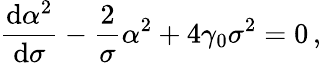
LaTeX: \frac{{\mathrm{d}}\alpha^{2}}{{\mathrm{d}}\sigma}-\frac{2}{\sigma}\alpha^{2}+4\gamma_{0}\sigma^{2}=0\, ,